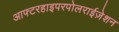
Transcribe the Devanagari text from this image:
आफ्टरहाइपरपोलराईज़ेशन